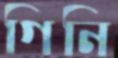
গিনি